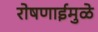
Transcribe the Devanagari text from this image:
रोषणाईमुळे